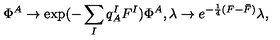
\Phi ^ { A } \to \exp ( - \sum _ { I } q _ { A } ^ { I } F ^ { I } ) \Phi ^ { A } , \lambda \rightarrow e ^ { - \frac { 1 } { 4 } ( F - \bar { F } ) } \lambda ,